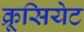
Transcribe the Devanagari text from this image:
क्रूसियेट